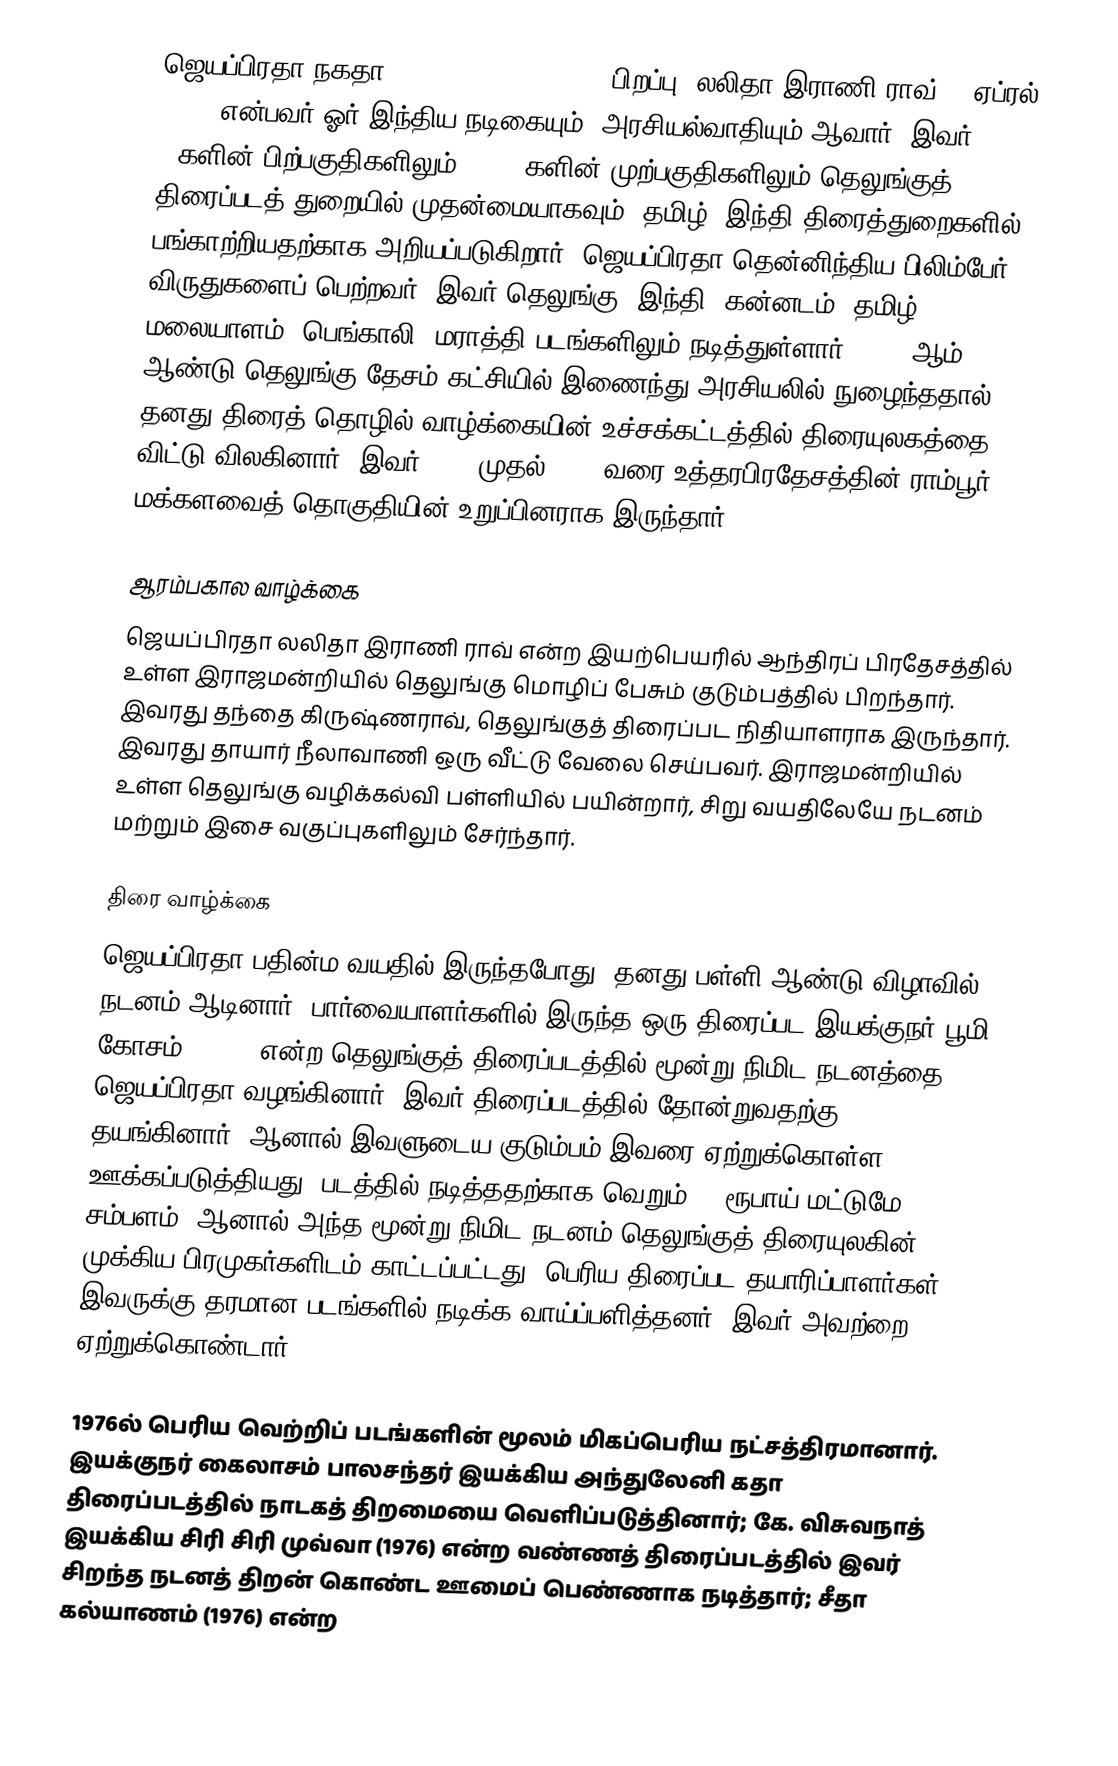
ஜெயப்பிரதா நகதா (Jaya Prada Nahata; , பிறப்பு: லலிதா இராணி ராவ்; 3 ஏப்ரல் 1962) என்பவர் ஓர் இந்திய நடிகையும், அரசியல்வாதியும் ஆவார், இவர் 70களின் பிற்பகுதிகளிலும், 80-90களின் முற்பகுதிகளிலும் தெலுங்குத் திரைப்படத் துறையில் முதன்மையாகவும், தமிழ், இந்தி திரைத்துறைகளில் பங்காற்றியதற்காக அறியப்படுகிறார். ஜெயப்பிரதா தென்னிந்திய பிலிம்பேர் விருதுகளைப் பெற்றவர். இவர் தெலுங்கு, இந்தி, கன்னடம், தமிழ், மலையாளம், பெங்காலி, மராத்தி படங்களிலும் நடித்துள்ளார். 1994 ஆம் ஆண்டு தெலுங்கு தேசம் கட்சியில் இணைந்து அரசியலில் நுழைந்ததால், தனது திரைத் தொழில் வாழ்க்கையின் உச்சக்கட்டத்தில் திரையுலகத்தை விட்டு விலகினார். இவர் 2004 முதல் 2014 வரை உத்தரபிரதேசத்தின் ராம்பூர் மக்களவைத் தொகுதியின் உறுப்பினராக இருந்தார்.

ஆரம்பகால வாழ்க்கை
ஜெயப்பிரதா லலிதா இராணி ராவ் என்ற இயற்பெயரில் ஆந்திரப் பிரதேசத்தில் உள்ள இராஜமன்றியில் தெலுங்கு மொழிப் பேசும் குடும்பத்தில் பிறந்தார். இவரது தந்தை கிருஷ்ணராவ், தெலுங்குத் திரைப்பட நிதியாளராக இருந்தார். இவரது தாயார் நீலாவாணி ஒரு வீட்டு வேலை செய்பவர். இராஜமன்றியில் உள்ள தெலுங்கு வழிக்கல்வி பள்ளியில் பயின்றார், சிறு வயதிலேயே நடனம் மற்றும் இசை வகுப்புகளிலும் சேர்ந்தார்.

திரை வாழ்க்கை
ஜெயப்பிரதா பதின்ம வயதில் இருந்தபோது, தனது பள்ளி ஆண்டு விழாவில் நடனம் ஆடினார். பார்வையாளர்களில் இருந்த ஒரு திரைப்பட இயக்குநர் பூமி கோசம் (1974) என்ற தெலுங்குத் திரைப்படத்தில் மூன்று நிமிட நடனத்தை ஜெயப்பிரதா வழங்கினார். இவர் திரைப்படத்தில் தோன்றுவதற்கு தயங்கினார், ஆனால் இவளுடைய குடும்பம் இவரை ஏற்றுக்கொள்ள ஊக்கப்படுத்தியது. படத்தில் நடித்ததற்காக வெறும் 10 ரூபாய் மட்டுமே சம்பளம், ஆனால் அந்த மூன்று நிமிட நடனம் தெலுங்குத் திரையுலகின் முக்கிய பிரமுகர்களிடம் காட்டப்பட்டது. பெரிய திரைப்பட தயாரிப்பாளர்கள் இவருக்கு தரமான படங்களில் நடிக்க வாய்ப்பளித்தனர், இவர் அவற்றை ஏற்றுக்கொண்டார்.

1976ல் பெரிய வெற்றிப் படங்களின் மூலம் மிகப்பெரிய நட்சத்திரமானார். இயக்குநர் கைலாசம் பாலசந்தர் இயக்கிய அந்துலேனி கதா திரைப்படத்தில் நாடகத் திறமையை வெளிப்படுத்தினார்; கே. விசுவநாத் இயக்கிய சிரி சிரி முவ்வா (1976) என்ற வண்ணத் திரைப்படத்தில் இவர் சிறந்த நடனத் திறன் கொண்ட ஊமைப் பெண்ணாக நடித்தார்; சீதா கல்யாணம் (1976) என்ற